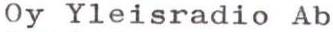
Oy Yleisradio Ab